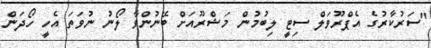
"ސަރުކާރުގެ އެޕްރޫވަލް ސިޓީ ލިބުމުން މަޝްރޫއަށް ބޭނުންވާ ލޯނު ނުވަތަ އެހީ ހޯދަން